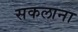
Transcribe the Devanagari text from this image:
सकलाना